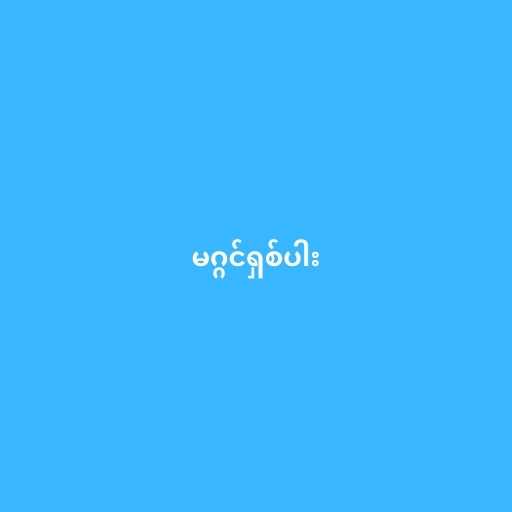
မဂ္ဂင်ရှစ်ပါး